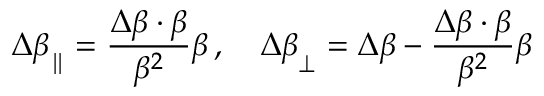
\Delta { \boldsymbol { \beta } } _ { \parallel } = { \frac { \Delta { \boldsymbol { \beta } } \cdot { \boldsymbol { \beta } } } { \beta ^ { 2 } } } { \boldsymbol { \beta } } \, , \quad \Delta { \boldsymbol { \beta } } _ { \perp } = \Delta { \boldsymbol { \beta } } - { \frac { \Delta { \boldsymbol { \beta } } \cdot { \boldsymbol { \beta } } } { \beta ^ { 2 } } } { \boldsymbol { \beta } }